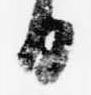
日